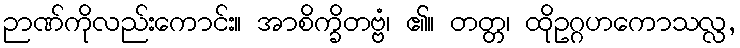
ဉာဏ်ကိုလည်းကောင်း။ အာစိက္ခိတဗ္ဗံ၊ ၏။ တတ္တ၊ ထိုဥဂ္ဂဟကောသလ္လ,